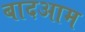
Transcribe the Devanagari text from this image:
बादआम